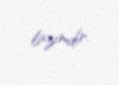
lazımdır.